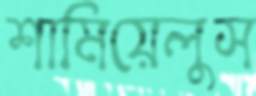
শামিয়েলুস